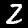
Label: 2